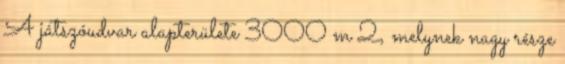
A játszóudvar alapterülete 3000 m 2, melynek nagy része